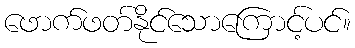
ဖောက်ဖတ်နိုင်သောကြောင့်ပင်။